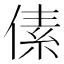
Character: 傃